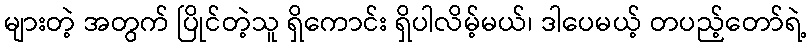
များတဲ့ အတွက် ပြိုင်တဲ့သူ ရှိကောင်း ရှိပါလိမ့်မယ်၊ ဒါပေမယ့် တပည့်တော်ရဲ့